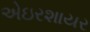
એઇરશાયર